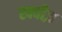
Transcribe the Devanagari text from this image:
स्क्वीज़